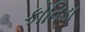
કોનિડા